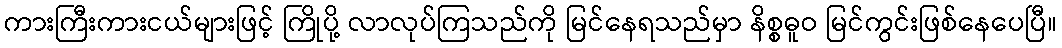
ကားကြီးကားငယ်များဖြင့် ကြိုပို့ လာလုပ်ကြသည်ကို မြင်နေရသည်မှာ နိစ္စဓူဝ မြင်ကွင်းဖြစ်နေပေပြီ။